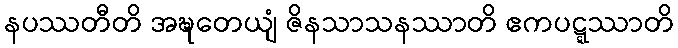
နပဿတီတိ အဍ္ဎတေယျံ ဇိနသာသနဿာတိ ဧကပဋ္ဋဿာတိ